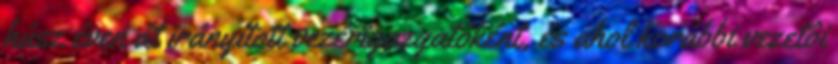
húsz éven át irányított vezérigazgatóként, és ahol korábbi vezetôi